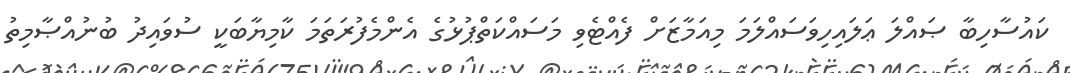
ކައުސާހިބާ ޞައްލަ ޢަލައިހިވަސައްލަމަ މިއަމާޒަށް ފެއްޓެވި މަސައްކަތްޕުޅުގެ އެންމެފުރަތަމަ ކާމިޔާބަކީ ސުވައިދު ބުނުއްޞާމިތު